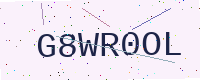
Text: G8WR0OL